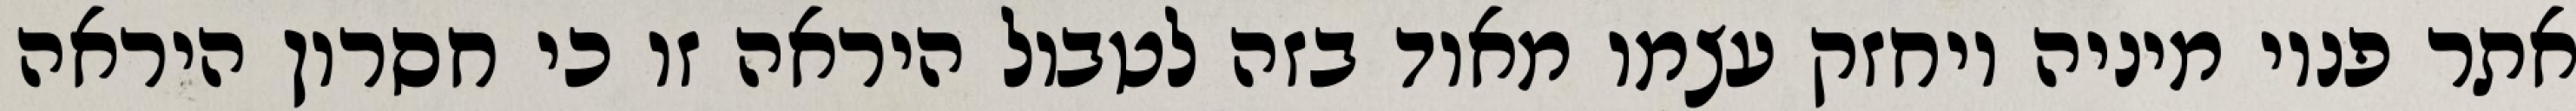
אתר פנוי מיניה ויחזק עצמו מאוד בזה לטבול היראה זו כי חסרון היראה